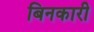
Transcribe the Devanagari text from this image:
बिनकारी